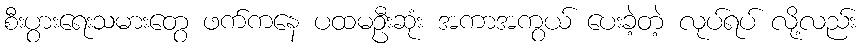
စီးပွားရေးသမားတွေ ဖက်ကနေ ပထမဦးဆုံး အကာအကွယ် ပေးခဲ့တဲ့ လုပ်ရပ် လို့လည်း